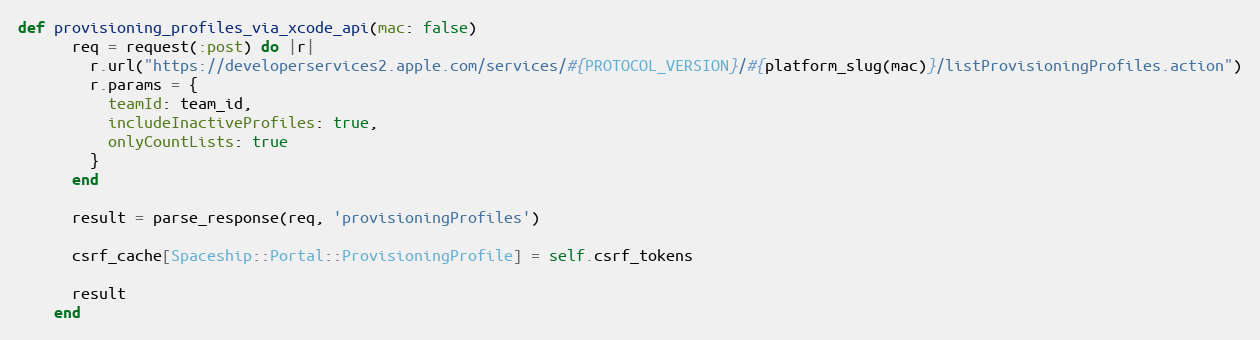
Language: Ruby
def provisioning_profiles_via_xcode_api(mac: false)
      req = request(:post) do |r|
        r.url("https://developerservices2.apple.com/services/#{PROTOCOL_VERSION}/#{platform_slug(mac)}/listProvisioningProfiles.action")
        r.params = {
          teamId: team_id,
          includeInactiveProfiles: true,
          onlyCountLists: true
        }
      end

      result = parse_response(req, 'provisioningProfiles')

      csrf_cache[Spaceship::Portal::ProvisioningProfile] = self.csrf_tokens

      result
    end